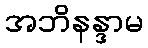
အဘိနန္ဒာမ